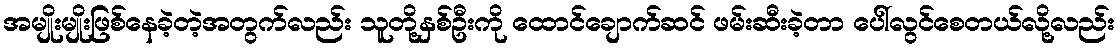
အမျိုးမျိုးဖြစ်နေခဲ့တဲ့အတွက်လည်း သူတို့နှစ်ဦးကို ထောင်ချောက်ဆင် ဖမ်းဆီးခဲ့တာ ပေါ်လွင်စေတယ်လို့လည်း